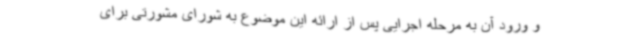
و ورود آن به مرحله اجرایی پس از ارائه این موضوع به شورای مشورتی برای